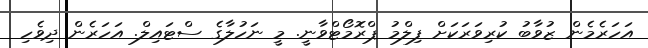
އަހަރެމެން ޒުވާބު ކުރިވަރަކަށް ފިލްމު ޕްރޮމޯޓްވާނީ. މީ ނަހުލާގެ ސްޓައިލް. އަހަރެން ދިވެހި